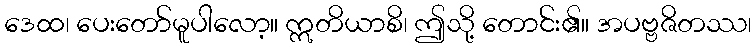
ဒေထ၊ ပေးတော်မူပါလော့။ ဣတိယာစိ၊ ဤသို့ တောင်း၏။ အပဗ္ဗဇိတဿ၊